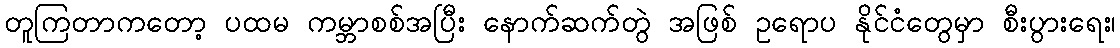
တူကြတာကတော့ ပထမ ကမ္ဘာစစ်အပြီး နောက်ဆက်တွဲ အဖြစ် ဥရောပ နိုင်ငံတွေမှာ စီးပွားရေး၊